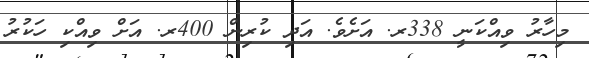
މިހާރު ވިއްކަނީ 338ރ. އަށެވެ. އަދި ކުރިން 400ރ. އަށް ވިއްކި ހަކުރު